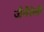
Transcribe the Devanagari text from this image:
जैनेरेली